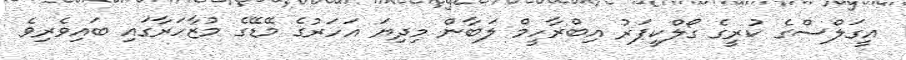
އީގަލްސްގެ ކުރީގެ ގޯލްކީޕަރު އިބްރާހީމް ލަބާން މިދިޔަ އަހަރުގެ މޭޑޭގެ މުޒާހަރާގައި ބައިވެރިވެ